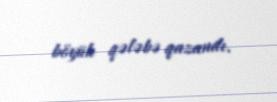
böyük qələbə qazandı.